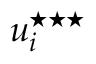
u _ { i } ^ { \star \star \star }